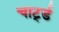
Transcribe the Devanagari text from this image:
चार्ट्ड